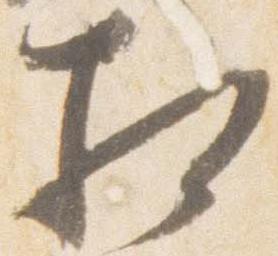
相